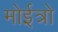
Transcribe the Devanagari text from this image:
मोईत्रो